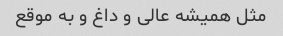
مثل همیشه عالی و داغ و به موقع